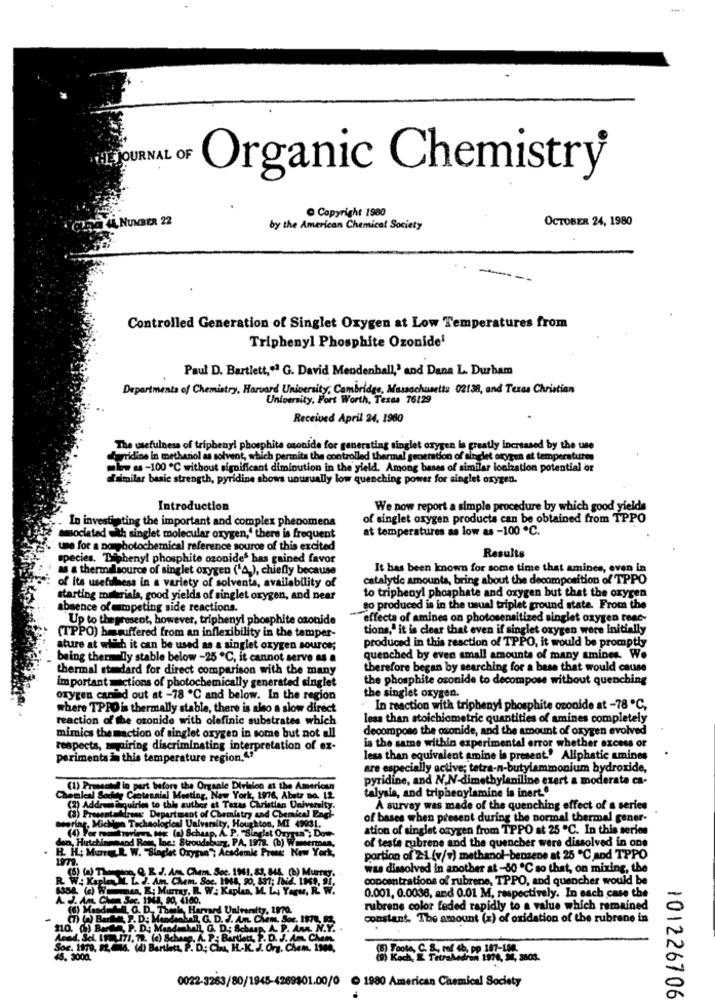
THE JOURNAL OF
Organic Chemistry
Copyright 1980
OCTOBER 24, 1980
za di NUMBER 22
by the American Chemical Society
Controlled Generation of Singlet Oxygen at Low Temperatures from
Triphenyl Phosphite Ozonide1
Paul D. Bartlett,"ª G. David Mendenhall,' and Dana L. Durham
Departments of Chemistry, Harvard University, Cambridge, Massachusetts 02138, and Texas Christian
University, Fort Worth, Texas 76129
Received April 24, 1980
The usefulness of triphenyl phosphite osonide for generating singlet oxygen is greatly increased by the use
fagridine In methanol as solvent, which permits the controlled thermal generation of singlet oxygen at temperatures
mkw as -100 ℃ without significant diminution in the yield. Among bases of similar ionization potential or
ofsimilar basic strength, pyridine shows unusually low quenching power for singlet oxygen.
Introduction
We now report a simple procedure by which good yields
In investigating the important and complex phenomena
of singlet oxygen products can be obtained from TPPO
at temperatures as low as -100 ℃.
amociated with singlet molecular oxygen,' there is frequent
une for a porphotochemical reference source of this excited
Results
species. Tuphenyl phosphite ozonides has gained favor
as a thermalsource of singlet oxygen ("A), chiefly because
It has been known for some time that amines, even in
catalytic amounts, bring about the decomposition of TPPO
of its usefulness in a variety of solvents, availability of
to triphenyl phosphate and oxygen but that the oxygen
starting materiala, good yields of singlet oxygen, and near
absence of mumpeting side reactions.
go produced is in the usual triplet ground state. From the
Up to thepresent, however, triphenyl phosphite caonide
effects of amines on photosensitized singlet oxygen reac-
tions," it is clear that even if singlet oxygen were Initially
(TPPO) hesuffered from an inflexibility in the temper-
ature at which it can be used as a singlet oxygen source;
produced in this reaction of TPPO, it would be promptly
being thermally stable below -25 ℃, it cannot serve as a
quenched by even small amounts of many amines. We
thermal standard for direct comparison with the many
therefore began by searching for a base that would cause
Important =actions of photochemically generated singlet
the phosphite ozonide to decompose without quenching
oxygen canind out at -78 ℃ and below. In the region
the singlet oxygen.
where TPRO is thermally stable, there is also a slow direct
· In reaction with triphenyi phosphite ozonide at -78 ℃,
reaction of the ozonide with olefinic substrates which
less than stoichiometric quantities of amines completely
decompose the osonide, and the amount of oxygen evolved
mimics the maction of singlet oxygen in some but not all
respects, a piring discriminating interpretation of ex-
is the same within experimental error whether excess or
periments in this temperature region."""
less than equivalent amine is present' Aliphatic amines
are especially active; tetra-n-butylammonium hydroxide,
pyridine, and N,N-dimethylaniline exert a moderate ca-
(1) Pressoted in part before the Organle Division at the American
talysia, and triphenylamine is inerte
lead Sochu, Centennial Meeting, New York, 1976, Abstr no. 12
(2) Address isquiries to this author at Texas Christian Univers
A survey was made of the quenching effect of a series
(3) Presentattirons Department of Chemistry and Chemical Enci-
ing. Michwe Technological Univers
of bases when present during the normal thermal gener-
University, Houghto
ton, MI 49031.
ation of singlet oxygen from TPPO at 25 ℃. In this series
ME (a) Schaap, A. P. Sieglet Onyria", Dom-
of testa zubrene and the quencher were dissolved in one
H. HL; Mar R. W. Sloglet Oxygen", Academic Prones New York,
iteliamend Ron, Ine: Stroudsburg, PA, 1972. (6)
portion of 2-1 (v/v) methanol-benzene at 25 ℃ and TPPO
(5) (a) Thereson, Q R. J. Am, Cham. Soc. 1941, 83, 846, (b) Murray.
was dissolved in another at -50 ℃ so that, on mixing, the
R. W. KaleM. L. J. Am. Chem. Soc. 1948, 90, 537; /808. 1961, 91.
concentrations of rubrene, TPPO, and quencher would be
ASSA (6) Woman, . Murray, R. W: Kaplan, M. L4 Yerer, R. P
0.001, 0.0038, and 0.01 M, respectively. In each case the
AJAC
Thuis Harvard University, 2870.
rubrene color feded rapidly to a value which remained
(7) BELE P. D. MindMALAR, G. D. J. An. CM
constant. The amount (z) of oxidation of the rubrene in
$10. (h) Bude, P. D. Mandahell, G. D. Schaap, A. P. Ann. N.Y
Acad, Sci. 1973.171, 72. (c) Schang, A. P .: Bartlett,
BARULHL F. D. J. AR. CMM
Soc. 1979, F2, 56. (4) Bartlecz, P. D. Com, H.K. J. Org. Chem, 1900
() Foote, C. & ref 4b. pp 107-154
45. 3000.
(9) Koch, E Tetrahedron 1974, 94, s803.
0022-3263/80/1945-4269801.00/0 ℃ 1980 American Chemical Society
101226706